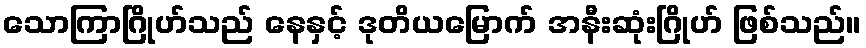
သောကြာဂြိုဟ်သည် နေနှင့် ဒုတိယမြောက် အနီးဆုံးဂြိုဟ် ဖြစ်သည်။